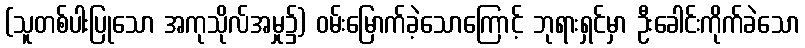
(သူတစ်ပါးပြုသော အကုသိုလ်အမှု၌) ဝမ်းမြောက်ခဲ့သောကြောင့် ဘုရားရှင်မှာ ဦးခေါင်းကိုက်ခဲသော